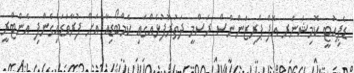
ޑެޕިއުޓީ ކޮމިޝަނަރ އޮފް ޕްރިޒަންންސް ރަސްމީ ދަތުރުފުޅެއްގައި ކެމްބޯޑިއާ އަށް ފުރާވަޑައިގެންފި އެންޓްރީ